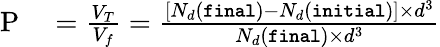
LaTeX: \begin{array}{rl}{\mathrm{P}}&{{}=\frac{V_{T}}{V_{f}}=\frac{[N_{d}(\texttt{final})-N_{d}(\texttt{initial})]\times d^{3}}{N_{d}(\texttt{final})\times d^{3}}}\end{array}